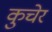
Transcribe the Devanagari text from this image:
कुचेर